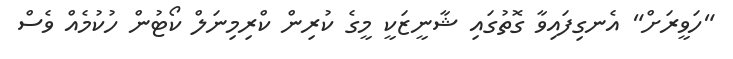
"ހަވީރަށް" އެނގިފައިވާ ގޮތުގައި ޝާނީޒަކީ މީގެ ކުރިން ކްރިމިނަލް ކޯޓުން ހުކުމެއް ވެސް